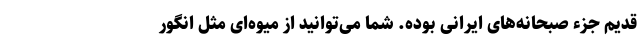
قدیم جزء صبحانه‌های ایرانی بوده. شما می‌توانید از میوه‌ای مثل انگور